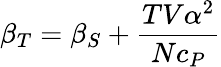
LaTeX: \beta_{T}=\beta_{S}+{\frac{TV\alpha^{2}}{Nc_{P}}}